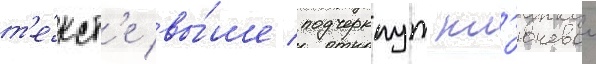
т'е́кст'е вы́ше подчеркнут кл'ючевои